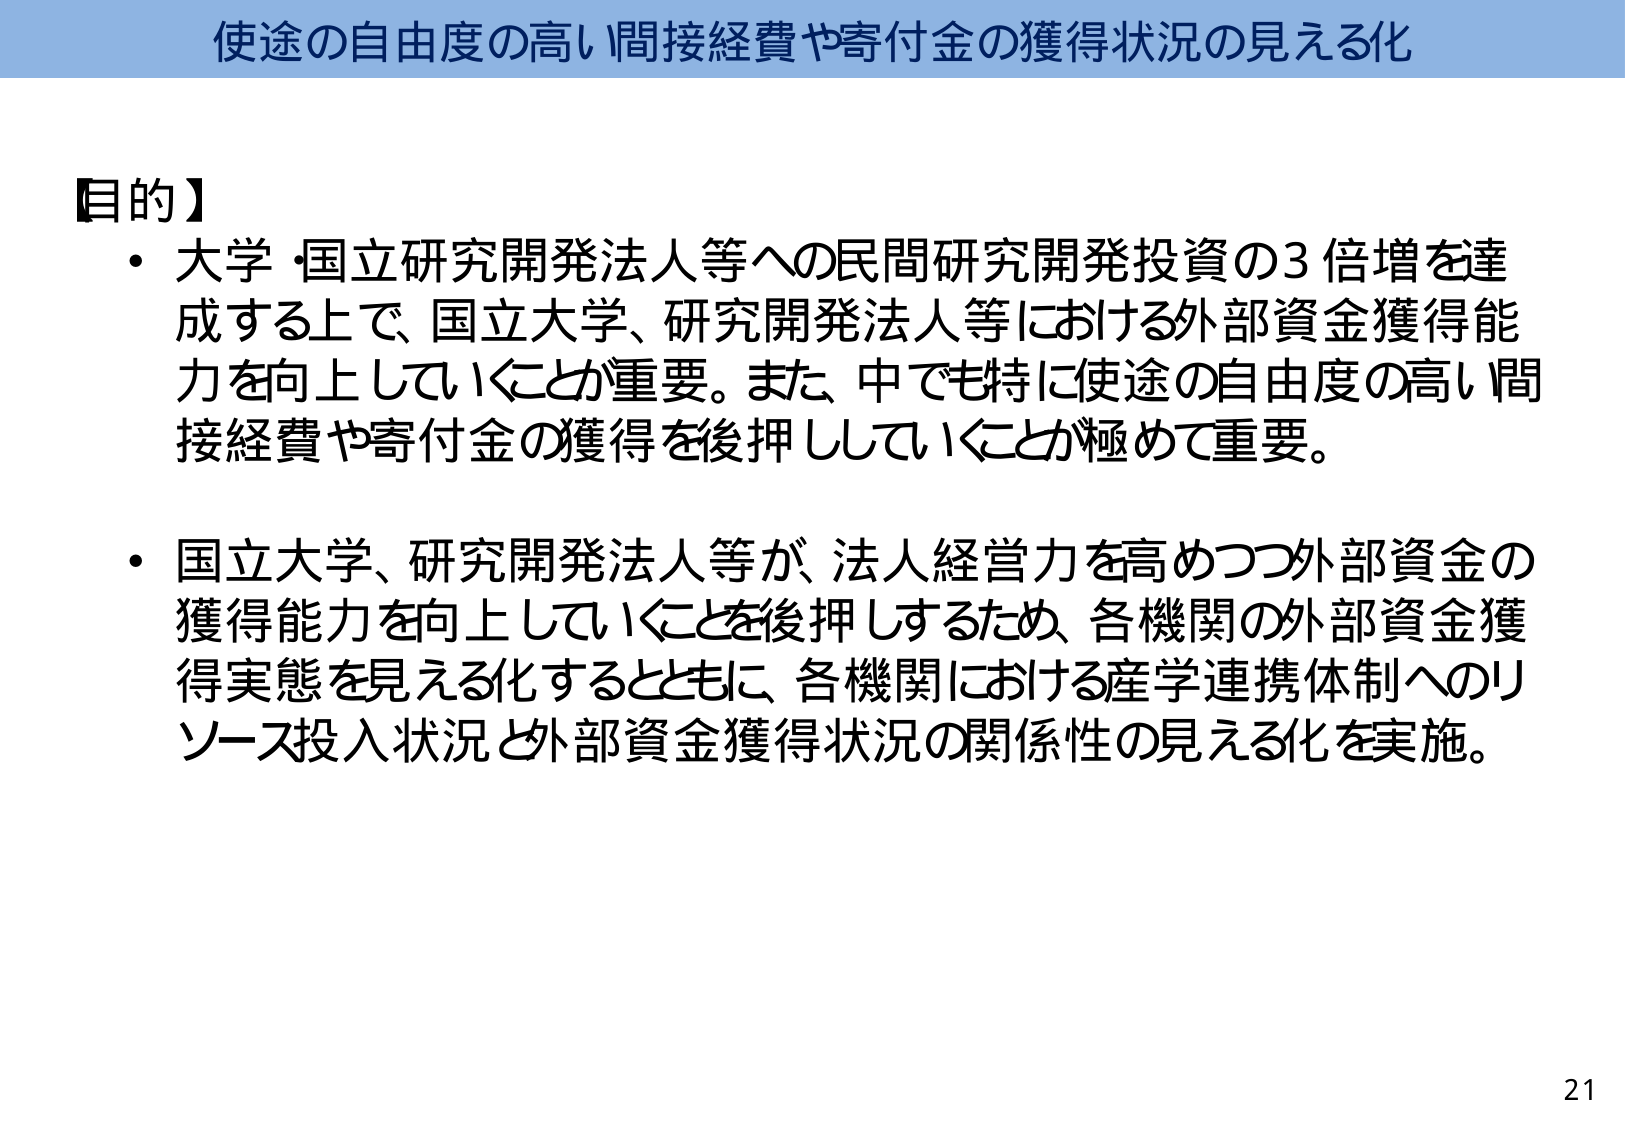
使途の自由度の高い間接経費や寄付金の獲得状況の見える化

【目的】
・大学・国立研究開発法人等への民間研究開発投資の3倍増を達成する上で、国立大学、研究開発法人等における外部資金獲得能力を向上していくことが重要。また、中でも特に使途の自由度の高い間接経費や寄付金の獲得を後押ししていくことが極めて重要。
・国立大学、研究開発法人等が、法人経営力を高めつつ外部資金の獲得能力を向上していくことを後押しするため、各機関の外部資金獲得実態を見える化するとともに、各機関における産学連携体制へのリソース投入状況と外部資金獲得状況の関係性の見える化を実施。

21